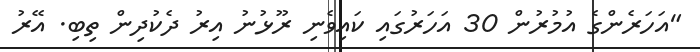
"އަހަރެންގެ އުމުރުން 30 އަހަރުގައި ކައިވެނި ރޫޅުނު އިރު ދެކުދިން ތިބި. އޭރު